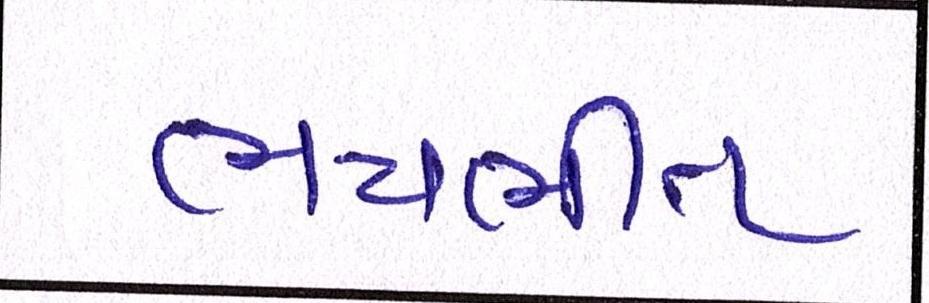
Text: ભયભીત